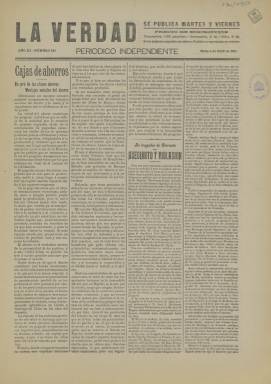
Título: La Verdad (Soria)
Colección: Periódicos
Ámbito geográfico: Soria
Lugar de publicación: Soria
Fechas: 04/04/1911-04/04/1911